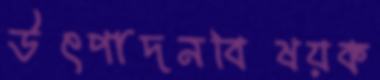
উৎপাদনবিষয়ক